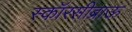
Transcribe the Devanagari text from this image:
स्कॉरसीब्राऊ